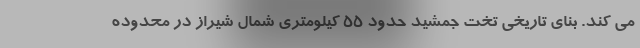
می کند. بنای تاریخی تخت جمشید حدود ۵۵ کیلومتری شمال شیراز در محدوده